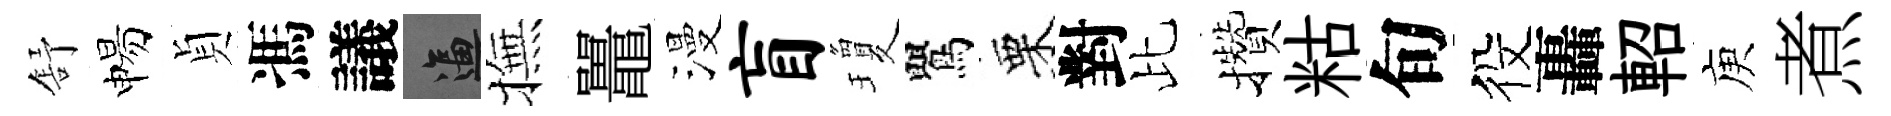
舒惕貞馮議逼撫鼉漫盲瓊鸎栗對比攢䊀旬役轟軺庾煮